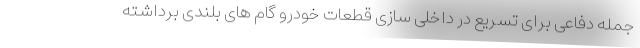
جمله دفاعی برای تسریع در داخلی سازی قطعات خودرو گام های بلندی برداشته